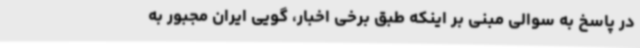
در پاسخ به سوالی مبنی بر اینکه طبق برخی اخبار، گویی ایران مجبور به